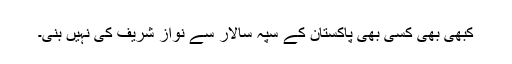
کبھی بھی کسی بھی پاکستان کے سپہ سالار سے نواز شریف کی نہیں بنی۔